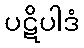
ပဋိပါဒံ